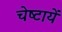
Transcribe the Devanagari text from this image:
चेष्‍टायें